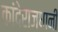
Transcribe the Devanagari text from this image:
कांदेराजधानी